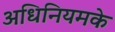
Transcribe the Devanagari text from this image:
अधिनियमके